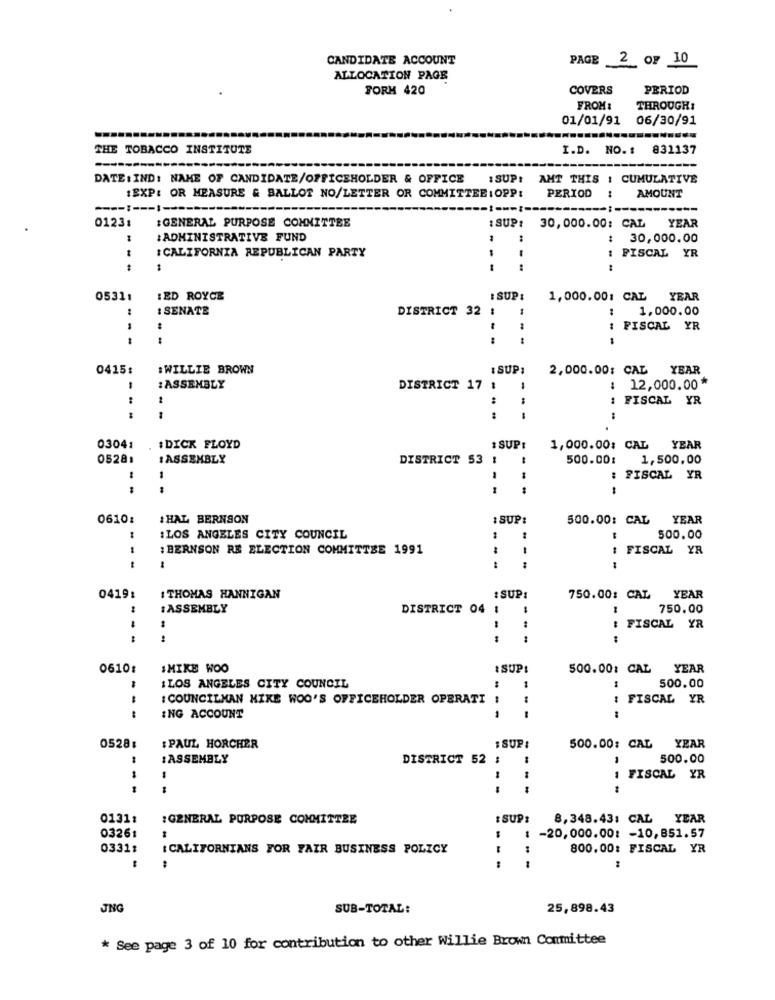
CANDIDATE ACCOUNT
PAGE 2 OF 10
ALLOCATION PAGE
FORH 420
COVERS
PERIOD
FROM:
THROUGH:
01/01/91 06/30/91
THE TOBACCO INSTITUTE
I.D. NO. 1
831137
DATE:IND: NAME OF CANDIDATE/OFFICEHOLDER & OFFICE
:SUP: AMT THIS : CUMULATIVE
:EXP: OR MEASURE & BALLOT NO/LETTER OR COMMITTEE: OPP:
PERIOD
AMOUNT
-------- I-
0123:
YEAR
:GENERAL PURPOSE COMMITTEE
: SUPI
30,000.00: CAL
:ADMINISTRATIVE FUND
30,000.00
CALIFORNIA REPUBLICAN PARTY
FISCAL YR
...
---
--
05311
IED ROYCE
: SUP :
1,000.00: CAL
YEAR
: SENATE
DISTRICT 32 :
1,000.00
FISCAL YR
0415:
# WILLIE BROWN
1 SUP:
2,000.00: CAL YEAR
:ASSEMBLY
DISTRICT 17 :
1
: 12,000.00*
:
1 FISCAL YR
-
03041
#DICK FLOYD
: SUP:
1,000.00: CAL
YEAR
0528
:ASSEMBLY
DISTRICT 53 1
500.00:
1,500,00
: FISCAL YR
0610:
IHAL BERNSON
: SUP:
500.00: CAL
YEAR
:LOS ANGELES CITY COUNCIL
500.00
:BERNSON RE ELECTION COMMITTEE 1991
:
FISCAL YR
- -
0419:
I THOMAS HANNIGAN
: SUP
750.00: CAL
YEAR
:ASSEMBLY
DISTRICT 04 :
750.00
--
FISCAL YR
:
0610:
MIKE WOO
& SUP:
500.00: CAL YEAR
500.00
ILOS ANGELES CITY COUNCIL
-
: COUNCILMAN MIKE WOO'S OFFICEHOLDER OPERATI
.
: FISCAL YR
--
ING ACCOUNT
---
0528
: PAUL HORCHER
: SUP:
500.00: CAL YEAR
:ASSEMBLY
DISTRICT 52 ;
500.00
1 FISCAL YR
--
0131:
: GENERAL PURPOSE COMMITTEE
: SUP
8,348.43: CAL YEAR
-20,000.00: - 10,851.57
03261
03311
CALIFORNIANS FOR FAIR BUSINESS POLICY
--
800.00: FISCAL YR
JNG
SUB-TOTAL:
25,898.43
* See page 3 of 10 for contribution to other Willie Brown Committee